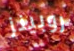
روبينز